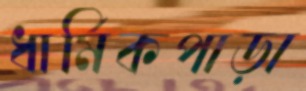
ধার্মিকপাড়া